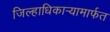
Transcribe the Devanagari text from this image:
जिल्हाधिकाऱ्यामार्फत